Medical and sanitary report of the native army of Madras for the year
Year: 1877
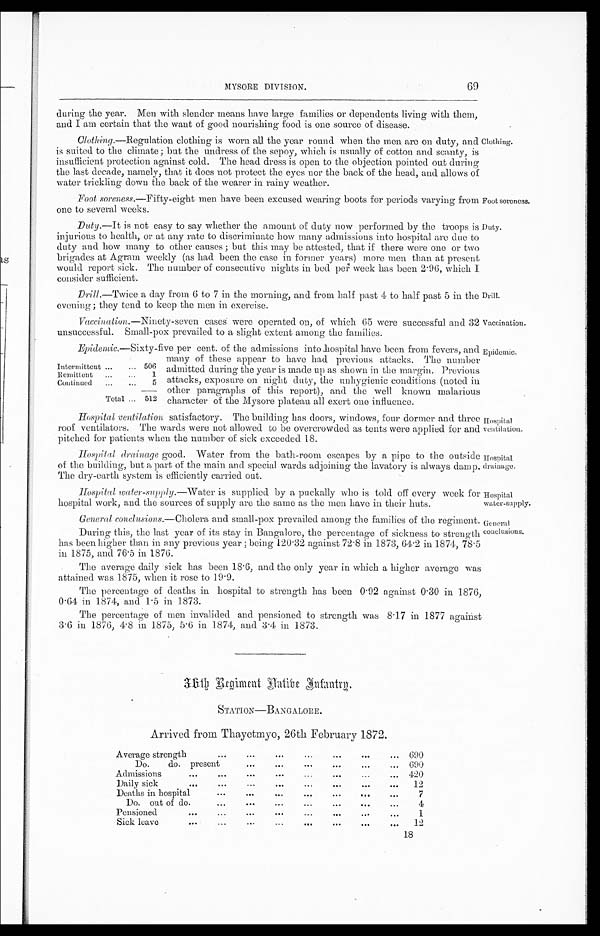
Drill.
Vaccination.
Hospital
ventilation.
Hospital
drainage.
Hospital
water-supply.
Genera
l
conclusions.
69
MYSORE DIVISION.
during the year. Men with slender means have large families or dependents living with them,
and I am certain that the want of good nourishing food is one source of disease.
clothing.—Regulation clothing is worn all the year round when the men are on duty, and
is suited to the climate; but the undress of the sepoy, which is usually of cotton and scanty, is
insufficient protection against cold. The head dress is open to the objection pointed out during
the last decade, namely, that it does not protect the eyes nor the back of the head, and allows of
water trickling down the back of the wearer in rainy weather.
Foot soreness.— Fifty-eight men have been excused wearing boots for periods varying from
one to several weeks.
Clothing.
Foot soreness.
Duty.—It is not easy to say whether the amount of duty now performed by the troops is
injurious to health, or at any rate to discriminate how many admissions into hospital are due to
duty and how many to other causes ; but this may be attested, that if there were one or two
brigades at Agram weekly (as had been the case in former years) more men than at present
would report sick. The number of consecutive nights in bed per week has been 2.96, which I
consider sufficient.
Drill. —Twice a day from 6 to 7 in the morning, and from half past 1 to half past 5 in the
evening; they tend to keep the men in exercise.
Vaccination.—Ninety-seven cases were operated on, of which 65 were successful and 32
unsuccessful. Small-pox prevailed to a slight extent among the families.
Duty.
Intermittent ...
... 506
Remittent
... ...
1
Continued
...
...
5
Total ... 512
E p i d e m i c . — S i x t y - f i v e p e r c e n t . o f t h e a d m i s s i o n s i n t o h o s p i t a l h a v e b e e n f r o m f e v e r s , a n d
many of these appear to have had. previous attacks. The number
admitted during the year is made up as shown in the margin. Previous
attacks, exposure on night duty, the unhygienic conditions (noted in
other paragraphs of this report), and the well known malarious
character of the Mysore plateau all exert one influence.
Epidemic.
Hospital ventilation, satisfactory. The building has doors, windows, four dormer and three
roof ventilators. The wards were not allowed to be overcrowded as tents were applied for and
pitched for patients when the number of sick exceeded 18.
Hospital drainage good. Water from the bath-room escapes by a pipe to the outside
of the building, but a part of the main and special wards adjoining the lavatory is always damp.
The dry-earth system is efficiently carried out.
Hospital water-supply.
—Water is supplied by a puckally who is told off every week for
hospital work, and the sources of supply are the same as the men have in their huts.
General conclusions. —Cholera and small-pox prevailed among the families of the regiment.
During this, the last year of its stay in Bangalore, the percentage of sickness to strength
has been higher than in any previous year ; being 120·32 against 72·8 in 1873, 64·2 in 1874, 78·5
in 1875, and 76·5 in 1876.
The average daily sick has been 18·6, and the only year in which a higher average was
attained was 1875, when it rose to 19·9.
The percentage of deaths in hospital to strength has been 0 . 92 against 0 . 30 in 1876,
0 . 64 in 1874, and 1 . 5 in 1.873.
The percentage of men invalided and pensioned to strength was 81·7 in 1877 against
3 . 6 in 1876, 4 . 8 in 1.875, 5 . 6 in 1874, and 3 . 4 in 1873.
36th Regiment Native Infantry.
STATION—BANGALORE.
Arrived from Thayetmyo, 26th February 1872.
Average strength
... ... ... ... ... ...
... 690
Do.
do. present
... ... ... ... ... ...
690
Admissions
... ... ... ... ... ... ... ...
420
Daily sick
... ...
...
... ... ...
...
...
12
Deaths in hospital
...
...
... ...
...
...
...
7
Do. out of do.
... ...
...
... ... ... ...
4
Pensioned
... ... ... ... ... ... ...
...
1
Sick leave
...
...
...
... ... ... ...
...
12
18